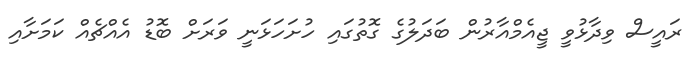
ރައީސް ވިދާޅުވީ ޖީއެމްއާރުން ބަދަލުގެ ގޮތުގައި ހުށަހަޅަނީ ވަރަށް ބޮޑު އެއްޗެއް ކަމަށާއި